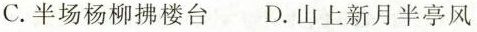
C.半场杨柳拂楼台 D.山上新月半亭风